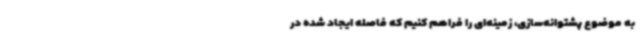
به موضوع پشتوانه‌سازی، زمینه‌ای را فراهم کنیم که فاصله ایجاد شده در